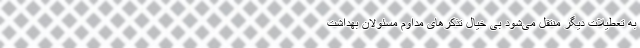
به تعطیلات دیگر منتقل می‌شود بی خیال تذکر‌های مداوم مسئولان بهداشت